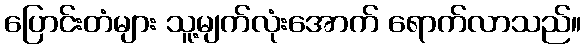
ပြောင်းတံများ သူ့မျက်လုံးအောက် ရောက်လာသည်။